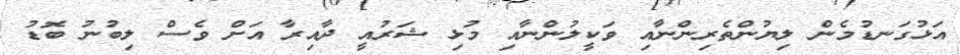
އަޅުގަނޑުމެން ލިޔުންތެރިންނާއި ވަކީލުންނާއި މުޅި ޝަރުއީ ދާއިރާ އަށް ވެސް ލިބުނު ބޮޑު